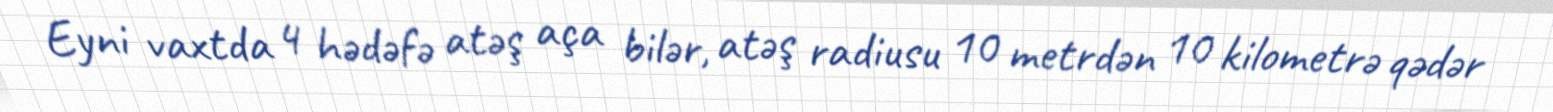
Eyni vaxtda 4 hədəfə atəş aça bilər, atəş radiusu 10 metrdən 10 kilometrə qədər